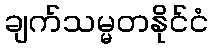
ချက်သမ္မတနိုင်ငံ